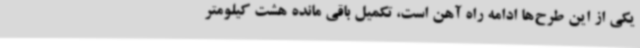
یکی از این طرح‌ها ادامه راه آهن است، تکمیل باقی مانده هشت کیلومتر